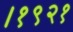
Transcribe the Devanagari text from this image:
।१९२१